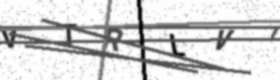
Text: VTRLVI